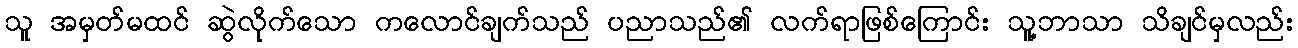
သူ အမှတ်မထင် ဆွဲလိုက်သော ကလောင်ချက်သည် ပညာသည်၏ လက်ရာဖြစ်ကြောင်း သူ့ဘာသာ သိချင်မှလည်း